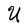
Character: U